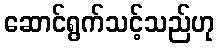
ဆောင်ရွက်သင့်သည်ဟု